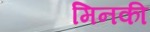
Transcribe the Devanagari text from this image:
मिनकी